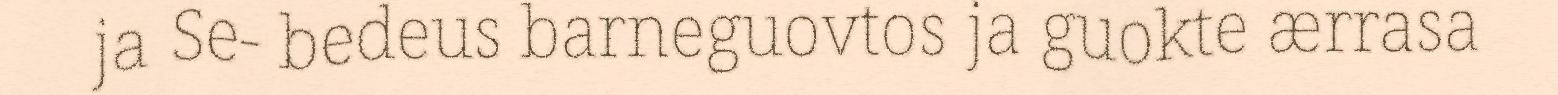
ja Se- bedeus barneguovtos ja guokte ærrasa